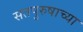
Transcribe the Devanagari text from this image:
सतपुरुषाच्या